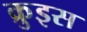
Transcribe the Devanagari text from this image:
क्रुइस